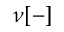
\nu [ - ]